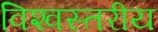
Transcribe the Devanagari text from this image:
विश्‍वस्तरीय